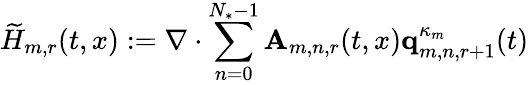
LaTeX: \widetilde{H}_{m,r}(t,x):=\nabla\cdot\sum_{n=0}^{N_{*}-1}\mathbf{A}_{m,n,r}(t,x)\mathbf{q}_{m,n,r+1}^{\kappa_{m}}(t)